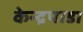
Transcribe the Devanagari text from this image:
केन्द्रपाडा